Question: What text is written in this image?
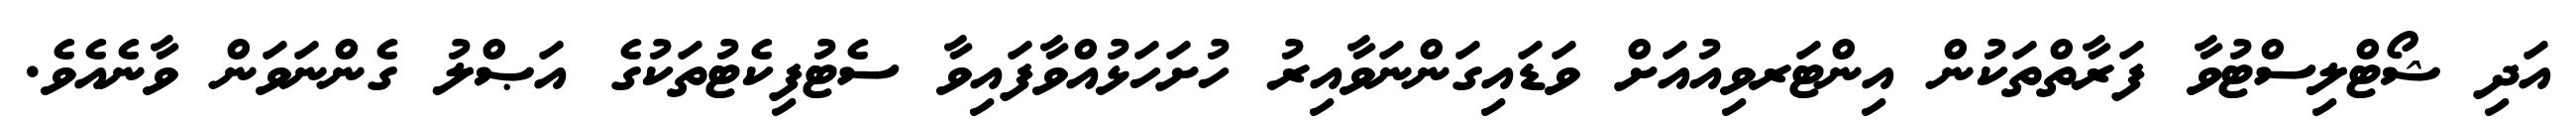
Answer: އަދި ޝޯޓްލިސްޓުވާ ފަރާތްތަކުން އިންޓަރވިއުއަށް ވަޑައިގަންނަވާއިރު ހުށަހަޅުއްވާފައިވާ ސެޓުފިކެޓުތަކުގެ އަޞްލު ގެންނަވަން ވާނެއެވެ.